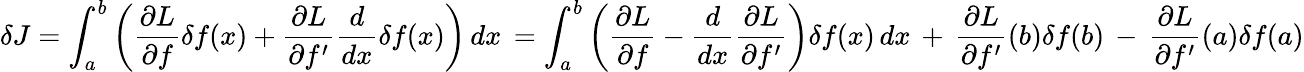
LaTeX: \delta J=\int_{a}^{b}\left({\frac{\partial L}{\partial f}}\delta f(x)+{\frac{\partial L}{\partial f^{\prime}}}{\frac{d}{dx}}\delta f(x)\right)\, dx\, =\int_{a}^{b}\left({\frac{\partial L}{\partial f}}-{\frac{d}{dx}}{\frac{\partial L}{\partial f^{\prime}}}\right)\delta f(x)\, dx\, +\, {\frac{\partial L}{\partial f^{\prime}}}(b)\delta f(b)\, -\, {\frac{\partial L}{\partial f^{\prime}}}(a)\delta f(a)